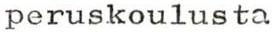
peruskoulusta